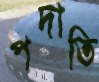
পদাতি